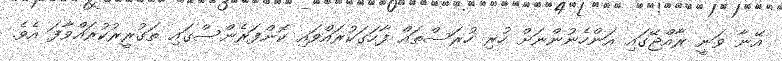
އޭނާ ވަނީ ރާއްޖޭގައި އަންހެނުންނަށް ހުރި ހުރަސްތައް ފާހަގަކުރައްވައި ކޮންފަރެންސްގައި ތަގުރީރުކުރައްވާފަ އެވެ.